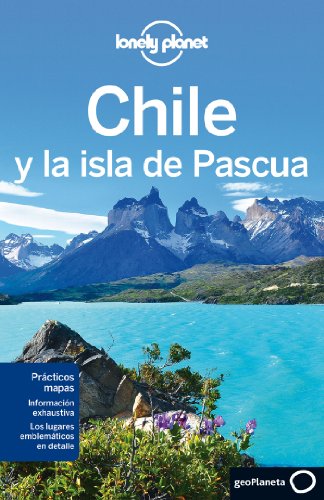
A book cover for Lonely Planet Chile y la isla de Pascua (Travel Guide) (Spanish Edition); Lonely Planet; Travel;